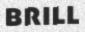
BRILL